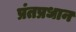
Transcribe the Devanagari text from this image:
प्रंतप्रधान